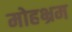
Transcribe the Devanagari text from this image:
मोहभ्रम